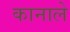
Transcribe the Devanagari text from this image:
कानाले